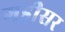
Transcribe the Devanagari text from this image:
गड़ीसर